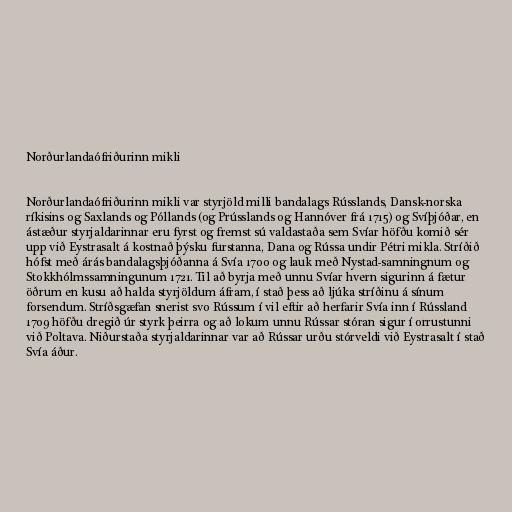
Norðurlandaófriðurinn mikli

Norðurlandaófriðurinn mikli var styrjöld milli bandalags Rússlands, Dansk-norska
ríkisins og Saxlands og Póllands (og Prússlands og Hannóver frá 1715) og Svíþjóðar, en
ástæður styrjaldarinnar eru fyrst og fremst sú valdastaða sem Svíar höfðu komið sér
upp við Eystrasalt á kostnað þýsku furstanna, Dana og Rússa undir Pétri mikla. Stríðið
hófst með árás bandalagsþjóðanna á Svía 1700 og lauk með Nystad-samningnum og
Stokkhólmssamningunum 1721. Til að byrja með unnu Svíar hvern sigurinn á fætur
öðrum en kusu að halda styrjöldum áfram, í stað þess að ljúka stríðinu á sínum
forsendum. Stríðsgæfan snerist svo Rússum í vil eftir að herfarir Svía inn í Rússland
1709 höfðu dregið úr styrk þeirra og að lokum unnu Rússar stóran sigur í orrustunni
við Poltava. Niðurstaða styrjaldarinnar var að Rússar urðu stórveldi við Eystrasalt í stað
Svía áður.